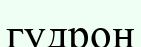
гудрон